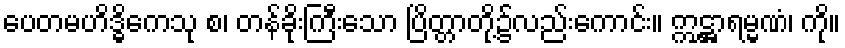
ပေတမဟိဒ္ဓိကေသု စ၊ တန်ခိုးကြီးသော ပြိတ္တာတို့၌လည်းကောင်း။ ဣဋ္ဌာရမ္မဏံ၊ ကို။